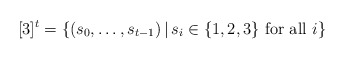
\begin{align*}[3]^{t} = \{(s_0, \dots ,s_{t-1}) \, | \, s_{i} \in \{1,2,3\} \hbox{ for all $i$}\}\end{align*}